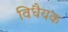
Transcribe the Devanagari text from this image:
विधैयक